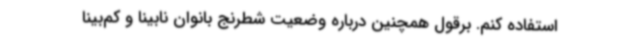
استفاده کنم. برقول همچنین درباره وضعیت شطرنج بانوان نابینا و کم‌بینا